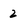
Character: 2